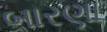
બારણા